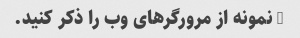
2 نمونه از مرورگرهای وب را ذکر کنید.